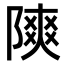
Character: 𫕐